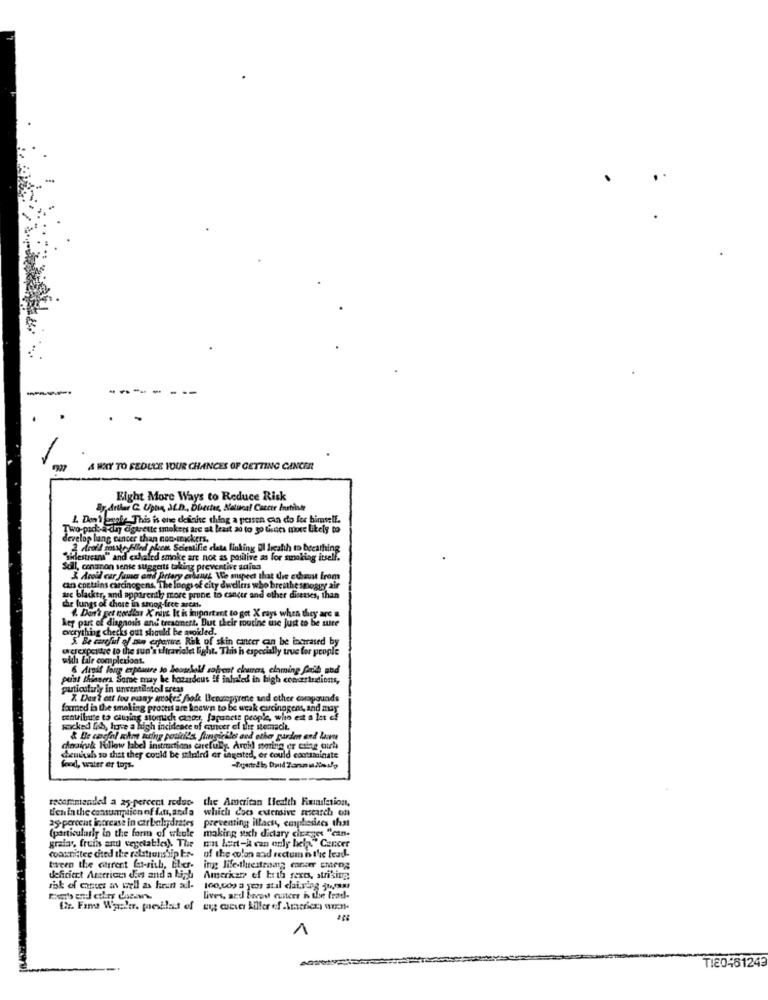
-
A WAY TO REDUCE YOUR CHANCES OF GETTING CANCER
Eight More Ways to Reduce Risk
L. Don't msale This is ene definite chilog a person can do for himself.
wo-pack-a-day cigarette smokets are at least ad to yo Genes more Likely to
op lung cancer than non-tryckers.
fold misto filled phone
Hled plen Scientific ceta linking El localth to becathing
sidlestreams" and exhaled smoke are not as positive as for smoking itself.
Soll, conanon sense suggests taking preventive ading
& Aroid car fumes end Partery erbaut We suspect that die exhaust from
can contains carcinogens, The longs of city dwellers who brenthe smoggy air
de lungs of those in smog-free arcas.
arc blacker, and apparently more prone to cancer and other diseases, than
key part of diagnosis and tresonent. But their routine use just to be sure
4. Don't get needles X rays It is important to get X rays when they are a
everything checks out should be avoided.
5. Be careful of min erpartire. Risk of skin cancer an be increased by
wcrexposure to the sun's tiraviolet light. This is especially true for people
with file complexions.
&Ampit long exposure to beonekold solvent charers, elaming fait and
plat thinners Some may be hazardous if inhaled in high comzrinions,
particularly in unventilatol sress
7. Dest ott tou many wokez fiode Heranpyrene and other compounds
foxmed in the smoking process are known to be weak cucinogens, and may
centilute to causing stomach cancer, Japanese people, wito est a let cf
smocked fish, have a high incidence of cancer of Blir stomacit.
& De cacfal ucho kring poukids fungiciles and other garden and laan
dnaiuk Hillow label instructions carefully. Arci mming er caing aucha
deukah so that they could be maluindi or ingested, or could contaminate
food, water or toys.
recorintended a 25-percent reduc-
the American Health Rainilation,
tien in the consumption of fati, anda
which does eversive research on
25-percent increase in carbelagdrates
preventing illacss, emphasizes that
(particularly in the form of whole making sich dictary cirages "can-
wat bert-A can only bela." Cancer
gratas, fruits and vegetables). The
Coaxmittee cited the relationship to-
of the colon and rectum n the lead-
tocen the current lat-sith, Eher.
ing life-thestrong cancer Emeog
deficient Anterice d'es and a ligh
American ef both sexes, striking
rbk of cancer as well as fran al-
100,000 a ytor atıl dlaiving jufsms
lives, ard baros conterr is the trad-
1
TI80461243